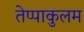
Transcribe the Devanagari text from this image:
तेप्पाकुलम